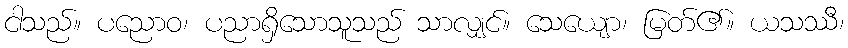
ငါသည်။ ပညောဝ၊ ပညာရှိသောသူသည် သာလျှင်။ သေယျော၊ မြတ်၏။ ယသဿီ၊